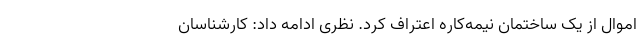
اموال از یک ساختمان نیمه‌کاره اعتراف کرد. نظری ادامه داد: کارشناسان